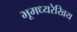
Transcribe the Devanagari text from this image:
भूमध्यरेखिय